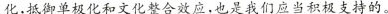
，单被化和文化整合效应，也是我们应当积极支持的。